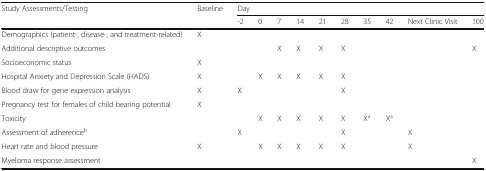
<table><thead><tr><td rowspan="2"><b>Study Assessments/Testing</b></td><td rowspan="2"><b>Baseline</b></td><td colspan="10"><b>Day</b></td></tr><tr><td><b>-2</b></td><td><b>0</b></td><td><b>7</b></td><td><b>14</b></td><td><b>21</b></td><td><b>28</b></td><td><b>35</b></td><td><b>42</b></td><td><b>Next Clinic Visit</b></td><td><b>100</b></td></tr></thead><tbody><tr><td>Demographics (patient-, disease-, and treatment-related)</td><td>X</td><td></td><td></td><td></td><td></td><td></td><td></td><td></td><td></td><td></td><td></td></tr><tr><td>Additional descriptive outcomes</td><td></td><td></td><td></td><td>X</td><td>X</td><td>X</td><td>X</td><td></td><td></td><td></td><td>X</td></tr><tr><td>Socioeconomic status</td><td>X</td><td></td><td></td><td></td><td></td><td></td><td></td><td></td><td></td><td></td><td></td></tr><tr><td>Hospital Anxiety and Depression Scale (HADS)</td><td>X</td><td></td><td>X</td><td>X</td><td>X</td><td>X</td><td>X</td><td></td><td></td><td></td><td></td></tr><tr><td>Blood draw for gene expression analysis</td><td>X</td><td>X</td><td></td><td></td><td></td><td></td><td>X</td><td></td><td></td><td></td><td></td></tr><tr><td>Pregnancy test for females of child bearing potential</td><td>X</td><td></td><td></td><td></td><td></td><td></td><td></td><td></td><td></td><td></td><td></td></tr><tr><td>Toxicity</td><td></td><td></td><td>X</td><td>X</td><td>X</td><td>X</td><td>X</td><td>X<sup>a</sup></td><td>X<sup>a</sup></td><td></td><td></td></tr><tr><td>Assessment of adherence<sup>b</sup></td><td></td><td>X</td><td></td><td></td><td></td><td></td><td>X</td><td></td><td></td><td>X</td><td></td></tr><tr><td>Heart rate and blood pressure</td><td>X</td><td></td><td>X</td><td>X</td><td>X</td><td>X</td><td>X</td><td></td><td></td><td>X</td><td></td></tr><tr><td>Myeloma response assessment</td><td></td><td></td><td></td><td></td><td></td><td></td><td></td><td></td><td></td><td></td><td>X</td></tr></tbody></table>